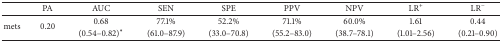
|  | PA | AUC | SEN | SPE | PPV | NPV | LR+ | LR− |
 | --- | --- | --- | --- | --- | --- | --- | --- | --- |
 | <ROWSPAN=2> mets | <ROWSPAN=2> 0.20 | 0.68 | 77.1% | 52.2% | 71.1% | 60.0% | 1.61 | 0.44 |
 | (0.54–0.82)∗ | (61.0–87.9) | (33.0–70.8) | (55.2–83.0) | (38.7–78.1) | (1.01–2.56) | (0.21–0.90) |